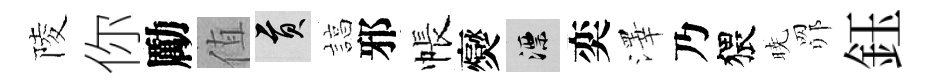
陵你勵值貢諄邪帳爕漂奕澤乃猥暁𦊑鈺